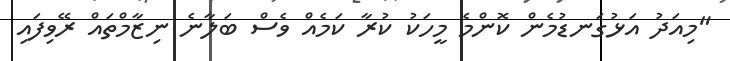
"މިއަދު އަޅުގަނޑުމެން ކޮންމެ މީހަކު ކުރާ ކަމެއް ވެސް ބަލާނެ ނިޒާމްތައް ރޭވިފައި